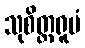
သုစိတ္တရူပံ